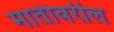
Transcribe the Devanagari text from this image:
मातीवरील